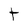
Character: t